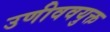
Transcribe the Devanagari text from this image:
उणीववयुक्त